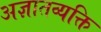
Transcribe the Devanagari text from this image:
अज्ञातव्यक्ति